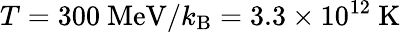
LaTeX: T=300~{\mathrm{MeV}}/k_{\mathrm{B}}=3.3\times 10^{12}~{\mathrm{K}}